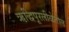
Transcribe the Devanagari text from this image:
ऋद्धिपूरलीळेतील